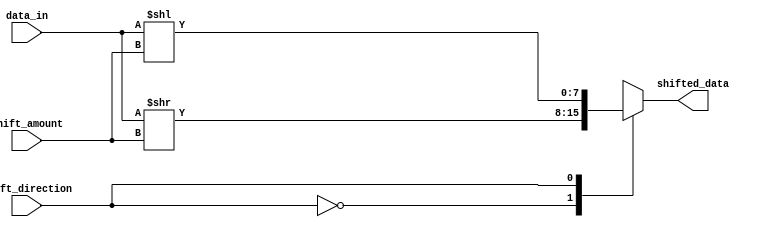
module Barrel_Shifter(
    input [7:0] data_in,
    input [2:0] shift_amount,
    input shift_direction,
    output [7:0] shifted_data
);

reg [7:0] shifted_data;

always @(*) begin
    case(shift_direction)
        1'b0: shifted_data = data_in >> shift_amount; // Right shift
        1'b1: shifted_data = data_in << shift_amount; // Left shift
    endcase
end

endmodule